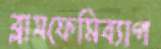
ব্লাসফেমিব্যাগ